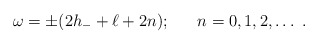
\begin{align*}\omega = \pm (2h_- + \ell + 2n); \ \ \ \ \ n = 0,1,2,\ldots\ .\end{align*}